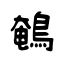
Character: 鵪